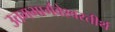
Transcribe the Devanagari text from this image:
उत्तमभार्गवेश्वरतीर्थ